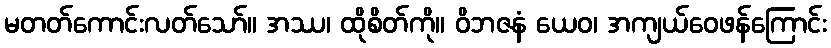
မတတ်ကောင်းလတ်သော်။ အဿ၊ ထိုစိတ်ကို။ ဝိဘဇနံ ယေဝ၊ အကျယ်ဝေဖန်ကြောင်း